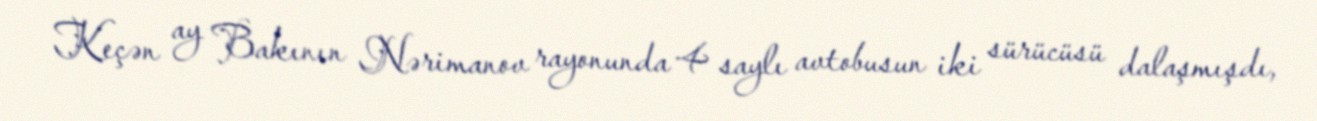
Keçən ay Bakının Nərimanov rayonunda 4 saylı avtobusun iki sürücüsü dalaşmışdı,